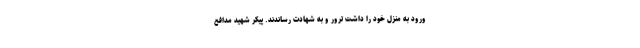
ورود به منزل خود را داشت ترور و به شهادت رساندند. پیکر شهید مدافع